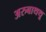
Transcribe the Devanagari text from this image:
अरुबाथथू